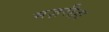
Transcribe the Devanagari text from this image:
मज़रीहा